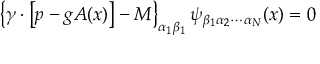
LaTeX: \left\{ \gamma \cdot \left[ p - g A ( x ) \right] - M \right\} _ { \alpha _ { 1 } \beta _ { 1 } } \psi _ { \beta _ { 1 } \alpha _ { 2 } \cdots \alpha _ { N } } ( x ) = 0